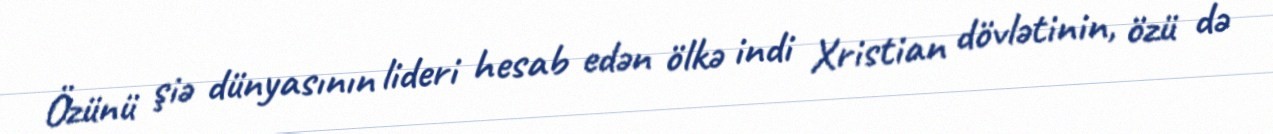
Özünü şiə dünyasının lideri hesab edən ölkə indi Xristian dövlətinin, özü də